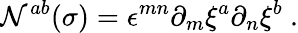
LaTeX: \mathcal{N}^{ab}(\sigma)=\epsilon^{mn}\partial_{m}\xi^{a}\partial_{n}\xi^{b}\ .